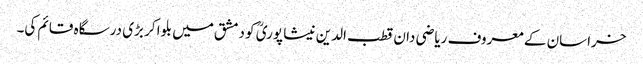
خراسان کے معروف ریاضی دان قطب الدین نیشا پوریؒ کو دمشق میں بلوا کر بڑی درسگاہ قائم کی۔